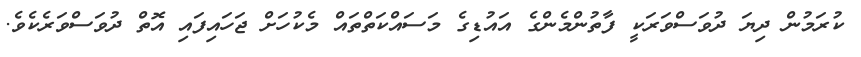
ކުރަމުން ދިޔަ ދުވަސްވަރަކީ ފާތުންމެންގެ އައުޑިގެ މަސައްކަތްތައް މެކުހަށް ޖަހައިފައި އޮތް ދުވަސްވަރެެކެވެ.